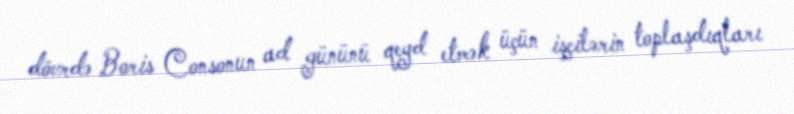
dövrdə Boris Consonun ad gününü qeyd etmək üçün işçilərin toplaşdıqları